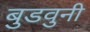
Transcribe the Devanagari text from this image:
बुडवुनी